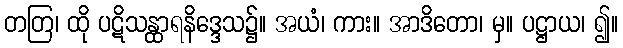
တတြ၊ ထို ပဋိသန္ထာရနိဒ္ဒေသ၌။ အယံ၊ ကား။ အာဒိတော၊ မှ။ ပဋ္ဌာယ၊ ၍။